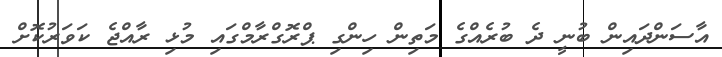
އާސަންދައިން ބުނީ ދެ ބުރެއްގެ މަތިން ހިންގި ޕްރޮގްރާމްގައި މުޅި ރާއްޖެ ކަވަރުކޮށް